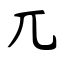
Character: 兀